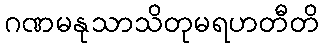
ဂဏမနုသာသိတုမရဟတီတိ